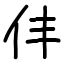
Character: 仹